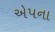
એપના